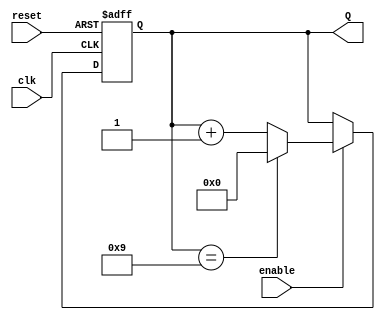
module decade_counter (
    input wire clk,        // Clock input
    input wire reset,      // Asynchronous reset input
    input wire enable,     // Enable input
    output reg [3:0] Q     // 4-bit output representing the count
);

// Asynchronous reset and counting logic
always @(posedge clk or posedge reset) begin
    if (reset) begin
        Q <= 4'b0000; // Reset the counter to 0
    end else if (enable) begin
        if (Q == 4'b1001) begin
            Q <= 4'b0000; // Reset to 0 when reaching 10 (binary 1010)
        end else begin
            Q <= Q + 1;   // Increment the counter
        end
    end
end

endmodule